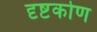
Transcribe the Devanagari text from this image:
दृष्टकोण